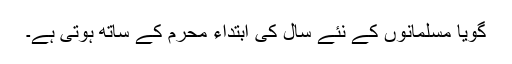
گویا مسلمانوں کے نئے سال کی ابتداء محرم کے ساتھ ہوتی ہے۔